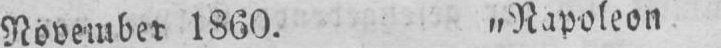
November 1860. „Napoleon